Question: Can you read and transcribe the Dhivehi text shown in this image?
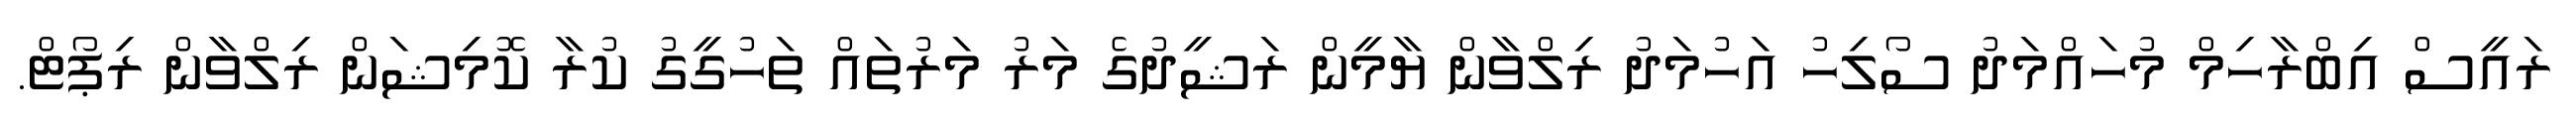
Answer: ރައީސް އިބްރާހިމް މުހައްމަދު ސޯލިހު އަހުމަދު ރިލްވާން ޔާމީން ރަޝީދުގެ މަރު މަރުތައް ތަހުގީގު ކުރާ ކޮމިޝަން ރިލްވާން ރިޕޯޓް.